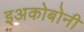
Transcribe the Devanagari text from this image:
इअकोबोनी